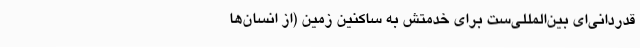
قدردانی‌‌‌ای بین‌المللی‌ست برای خدمتش به ساکنین زمین (از انسان‌ها